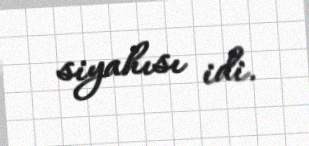
siyahısı idi.